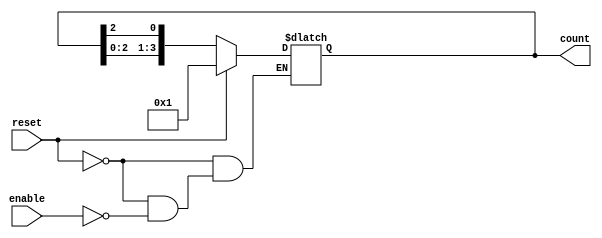
module async_ring_counter #(
    parameter N = 4  // Parameter for the number of bits in the ring counter
) (
    input wire reset,    // Asynchronous reset
    input wire enable,   // Enable signal to trigger state change
    output reg [N-1:0] count // Output state of the counter
);

// Initialize the counter to a known state (e.g., 0001)
initial begin
    count = 1'b1; // Start with the first flip-flop set to 1
end

// Asynchronous logic to update the ring counter
always @* begin
    if (reset) begin
        count = 1'b1; // Reset to the initial state
    end else if (enable) begin
        // Shift the '1' through the counter
        count = {count[N-2:0], count[N-1]}; // Shift left the bits
        count[0] = count[N-1]; // Feedback loop: The last bit goes to the first
    end
end

endmodule